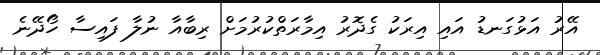
އޭރު އަޅުގަނޑު އައި އިރަކު ގެދޮރު އިމާރަތްކުރުމަށް ރިބާއާ ނުލާ ފައިސާ ހޯދޭނެ